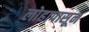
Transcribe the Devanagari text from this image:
लोहापासून